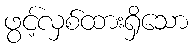
ဖွင့်လှစ်ထားရှိသော